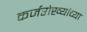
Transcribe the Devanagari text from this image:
कर्जरोख्यांच्या